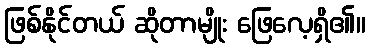
ဖြစ်နိုင်တယ် ဆိုတာမျိုး ဖြေလေ့ရှိ၏။